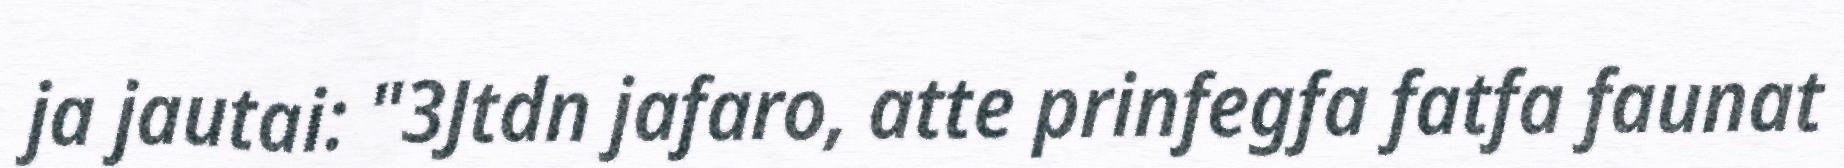
ja jautai: "3Jtdn jafaro, atte prinfegfa fatfa faunat